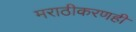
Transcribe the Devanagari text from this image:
मराठीकरणही